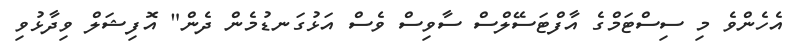
އެހެންވެ މި ސިސްޓަމްގެ އާފްޓަސޭލްސް ސާވިސް ވެސް އަޅުގަނޑުމެން ދެން" އޮފިޝަލް ވިދާޅުވި